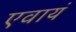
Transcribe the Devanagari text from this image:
एवायं